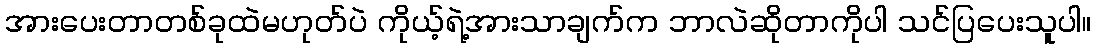
အားပေးတာတစ်ခုထဲမဟုတ်ပဲ ကိုယ့်ရဲ့အားသာချက်က ဘာလဲဆိုတာကိုပါ သင်ပြပေးသူပါ။